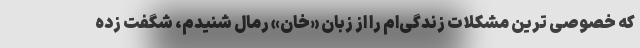
که خصوصی ترین مشکلات زندگی‌ام‌ را از زبان «خان» رمال شنیدم، شگفت زده